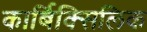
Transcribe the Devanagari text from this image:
कार्बिक्सिलिक